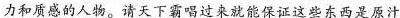
力和质感的人物。请天下霸唱过来就能保证这些东西是原汁